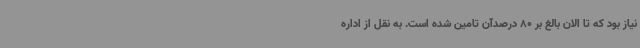
نیاز بود که تا الان بالغ بر 80 درصدآن تامین شده است. به نقل از اداره